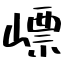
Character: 㟽